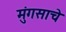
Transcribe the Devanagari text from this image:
मुंगसाचे